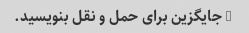
3 جایگزین برای حمل و نقل بنویسید.